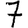
Digit: 7